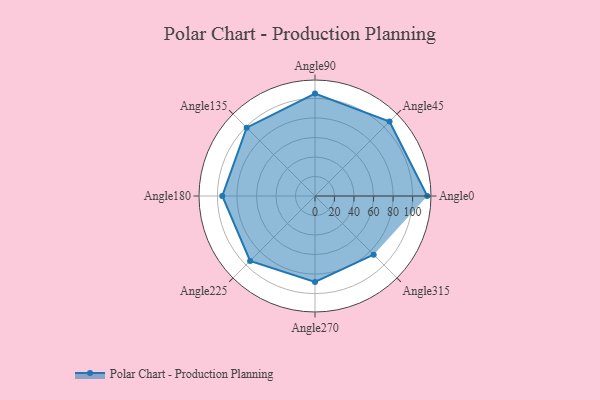
{"axis": {"x": "Angle", "y": "Radius"}, "legend": [""], "data": [{"x": "Angle0", "y": 115.0, "type": ""}, {"x": "Angle45", "y": 108.0, "type": ""}, {"x": "Angle90", "y": 105.0, "type": ""}, {"x": "Angle135", "y": 99.0, "type": ""}, {"x": "Angle180", "y": 95.0, "type": ""}, {"x": "Angle225", "y": 94.0, "type": ""}, {"x": "Angle270", "y": 88.0, "type": ""}, {"x": "Angle315", "y": 85.0, "type": ""}]}